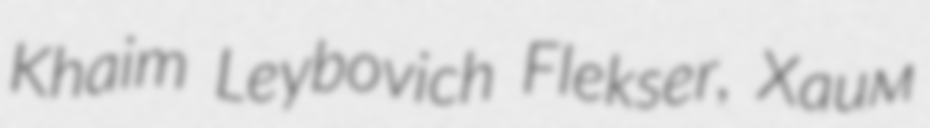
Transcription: Khaim Leybovich Flekser, Хаим